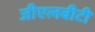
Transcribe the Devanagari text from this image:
जीएलबीटी